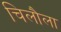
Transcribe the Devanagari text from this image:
चिलौला